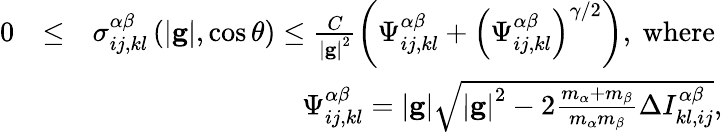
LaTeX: \begin{array}{rlr}{0}&{\leq}&{\sigma_{ij,kl}^{\alpha\beta}\left(\left\vert\mathbf{g}\right\vert,\cos\theta\right)\leq\frac{C}{\left\vert\mathbf{g}\right\vert^{2}}\left(\Psi_{ij,kl}^{\alpha\beta}+\left(\Psi_{ij,kl}^{\alpha\beta}\right)^{\gamma/2}\right)\mathrm{,~where~}}\\ &{}&{\Psi_{ij,kl}^{\alpha\beta}=\left\vert\mathbf{g}\right\vert\sqrt{\left\vert\mathbf{g}\right\vert^{2}-2\frac{m_{\alpha}+m_{\beta}}{m_{\alpha}m_{\beta}}\Delta I_{kl,ij}^{\alpha\beta}}\mathrm{,}}\end{array}